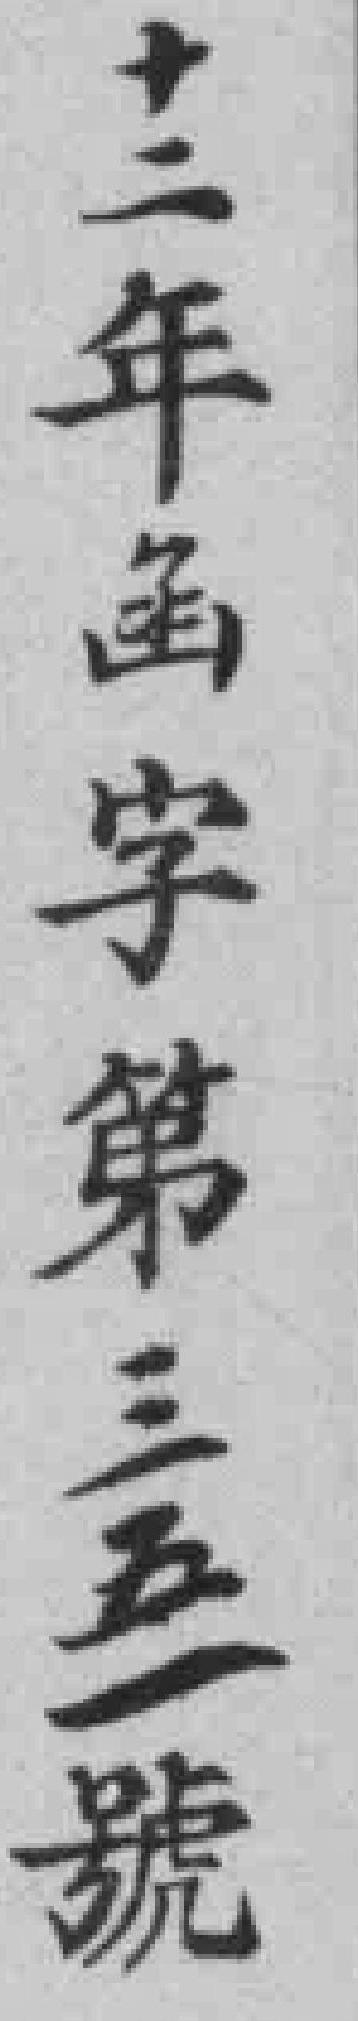
十二年函字第三五一號